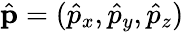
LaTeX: \hat{\mathbf p}=(\hat{p}_{x},\hat{p}_{y},\hat{p}_{z})